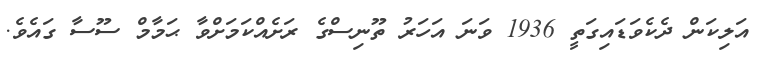
އަލިކަން ދެކެވަޑައިގަތީ 1936 ވަނަ އަހަރު ތޫނިސްގެ ރަށެއްކަމަށްވާ ޙަމާމް ސޫސާ ގައެވެ.